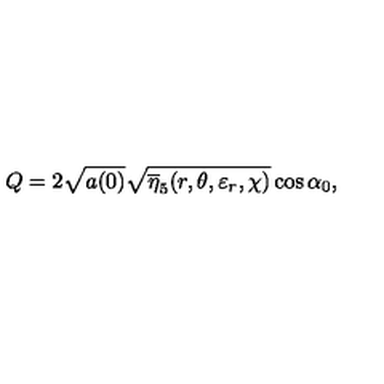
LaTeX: Q = 2 \sqrt { a ( 0 ) } \sqrt { \overline { { \eta } } _ { 5 } ( r , \theta , \varepsilon _ { r } , \chi ) } \cos \alpha _ { 0 } ,